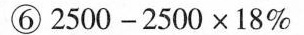
⑥$$2 5 0 0 - 2 5 0 0 \times 1 8 %$$